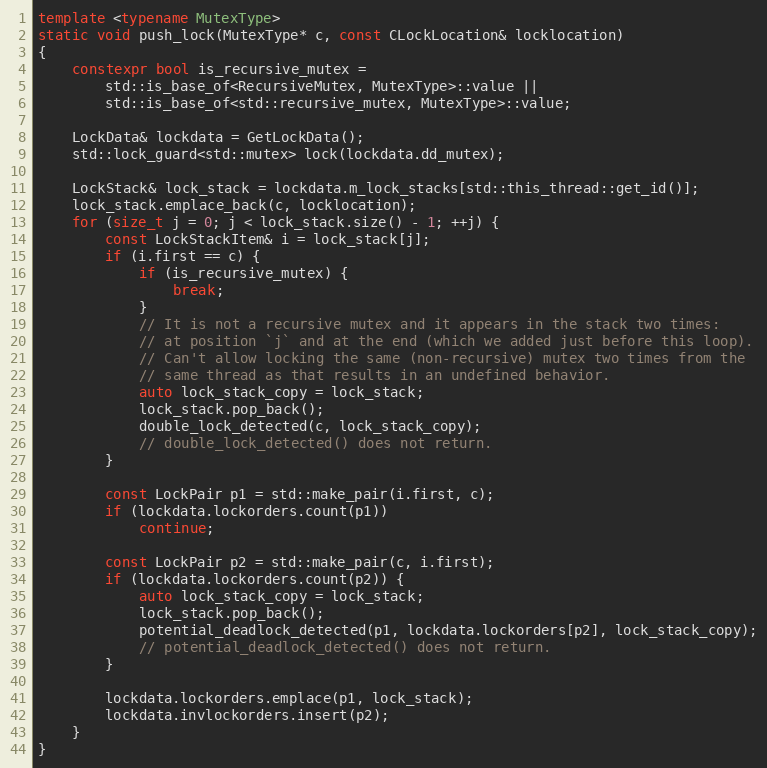
Language: C++
template <typename MutexType>
static void push_lock(MutexType* c, const CLockLocation& locklocation)
{
    constexpr bool is_recursive_mutex =
        std::is_base_of<RecursiveMutex, MutexType>::value ||
        std::is_base_of<std::recursive_mutex, MutexType>::value;

    LockData& lockdata = GetLockData();
    std::lock_guard<std::mutex> lock(lockdata.dd_mutex);

    LockStack& lock_stack = lockdata.m_lock_stacks[std::this_thread::get_id()];
    lock_stack.emplace_back(c, locklocation);
    for (size_t j = 0; j < lock_stack.size() - 1; ++j) {
        const LockStackItem& i = lock_stack[j];
        if (i.first == c) {
            if (is_recursive_mutex) {
                break;
            }
            // It is not a recursive mutex and it appears in the stack two times:
            // at position `j` and at the end (which we added just before this loop).
            // Can't allow locking the same (non-recursive) mutex two times from the
            // same thread as that results in an undefined behavior.
            auto lock_stack_copy = lock_stack;
            lock_stack.pop_back();
            double_lock_detected(c, lock_stack_copy);
            // double_lock_detected() does not return.
        }

        const LockPair p1 = std::make_pair(i.first, c);
        if (lockdata.lockorders.count(p1))
            continue;

        const LockPair p2 = std::make_pair(c, i.first);
        if (lockdata.lockorders.count(p2)) {
            auto lock_stack_copy = lock_stack;
            lock_stack.pop_back();
            potential_deadlock_detected(p1, lockdata.lockorders[p2], lock_stack_copy);
            // potential_deadlock_detected() does not return.
        }

        lockdata.lockorders.emplace(p1, lock_stack);
        lockdata.invlockorders.insert(p2);
    }
}